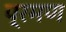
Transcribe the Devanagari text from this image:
प्रमण